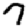
Digit: 7